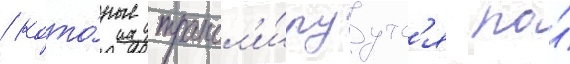
/ кото́рые трансл'и́руутс'я по́